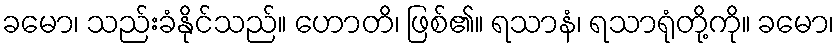
ခမော၊ သည်းခံနိုင်သည်။ ဟောတိ၊ ဖြစ်၏။ ရသာနံ၊ ရသာရုံတို့ကို။ ခမော၊